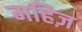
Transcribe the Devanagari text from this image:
महिज़